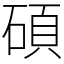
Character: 碩